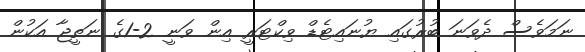
ނަމަވެސް ދެވަނަ ބުރުގައި ޔުނައިޓެޑް ވިކްޓަރީ އިން ވަނީ 2-1ގެ ނަތީޖާ އަކުން